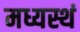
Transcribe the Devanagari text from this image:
मध्यस्थं